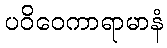
ပဝိဝေကာရာမာနံ